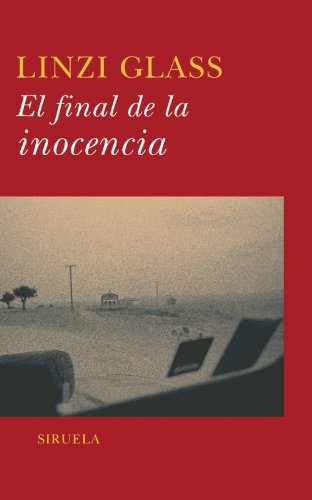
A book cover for El final de la inocencia/ The Year the Gypsies Came (Las Tres Edades/ the Three Ages) (Spanish Edition); Linzi Glass; Teen & Young Adult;